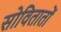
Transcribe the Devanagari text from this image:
सोवितातों